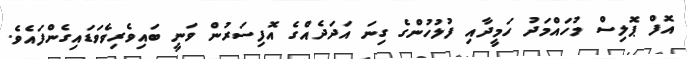
އޮފް ޕޮލިސް މުހައްމަދު ހަމީދާއި ފުލުހުންގެ ގިނަ އަދަދެއްގެ އޮފިސަރުން ވަނީ ބައިވެރިވެވަޑައިގެންފައެވެ.